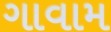
ગાવામ